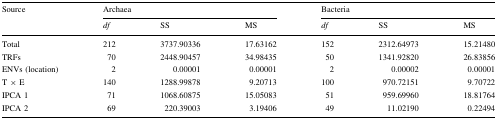
<table><thead><tr><td rowspan="2"><b>Source</b></td><td colspan="3"><b>Archaea</b></td><td colspan="3"><b>Bacteria</b></td></tr><tr><td><b><i>df</i></b></td><td><b>SS</b></td><td><b>MS</b></td><td><b><i>df</i></b></td><td><b>SS</b></td><td><b>MS</b></td></tr></thead><tbody><tr><td>Total</td><td>212</td><td>3737.90336</td><td>17.63162</td><td>152</td><td>2312.64973</td><td>15.21480</td></tr><tr><td>TRFs</td><td>70</td><td>2448.90457</td><td>34.98435</td><td>50</td><td>1341.92820</td><td>26.83856</td></tr><tr><td>ENVs (location)</td><td>2</td><td>0.00001</td><td>0.00001</td><td>2</td><td>0.00002</td><td>0.00001</td></tr><tr><td>T × E</td><td>140</td><td>1288.99878</td><td>9.20713</td><td>100</td><td>970.72151</td><td>9.70722</td></tr><tr><td>IPCA 1</td><td>71</td><td>1068.60875</td><td>15.05083</td><td>51</td><td>959.69960</td><td>18.81764</td></tr><tr><td>IPCA 2</td><td>69</td><td>220.39003</td><td>3.19406</td><td>49</td><td>11.02190</td><td>0.22494</td></tr></tbody></table>